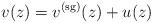
LaTeX: \begin{align*}v(z)=v^{(\mathrm{sg})}(z)+u(z)\end{align*}